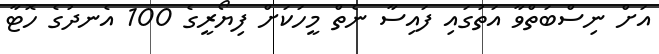
އަށް ނިސްބަތްވާ އަތުގައި ފައިސާ ނެތް މީހަކަށް ފިޔޯރީގެ 100 އެނދުގެ ހޮޓާ